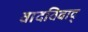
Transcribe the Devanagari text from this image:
वादविवाद्